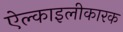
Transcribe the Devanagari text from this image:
ऐल्काइलीकारक